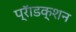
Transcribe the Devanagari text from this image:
प्रॅाडक्शन